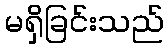
မရှိခြင်းသည်